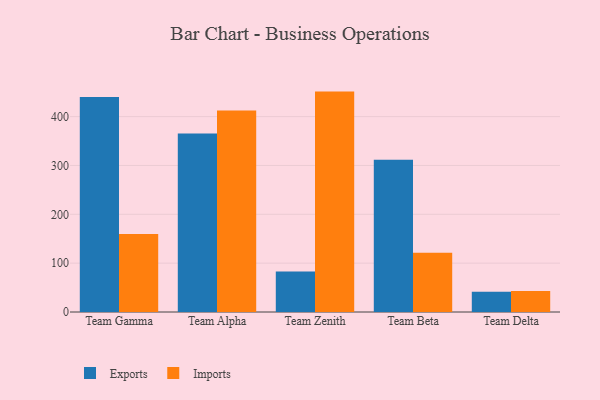
{"axis": {"x": "Team", "y": "Tickets Resolved"}, "legend": ["Exports", "Imports"], "data": [{"x": "Team Gamma", "y": 440.3, "type": "Exports"}, {"x": "Team Gamma", "y": 159.5, "type": "Imports"}, {"x": "Team Alpha", "y": 365.3, "type": "Exports"}, {"x": "Team Alpha", "y": 412.5, "type": "Imports"}, {"x": "Team Zenith", "y": 83.1, "type": "Exports"}, {"x": "Team Zenith", "y": 451.2, "type": "Imports"}, {"x": "Team Beta", "y": 311.5, "type": "Exports"}, {"x": "Team Beta", "y": 121.3, "type": "Imports"}, {"x": "Team Delta", "y": 41.7, "type": "Exports"}, {"x": "Team Delta", "y": 42.8, "type": "Imports"}]}